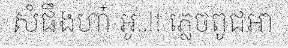
សំផឹងហា៎ ឣូ..!! ភ្លេចពូជឣា